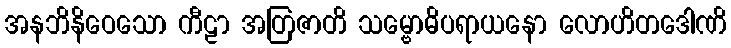
အနဘိနိဝေသော ကီဠာ အတြဇာတိ သမ္ဗောဓိပရာယနော လောဟိတဒေါဏိ